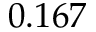
0 . 1 6 7